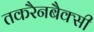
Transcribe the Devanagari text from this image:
तकरैनबैक्सी